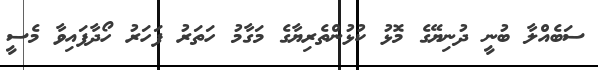
ސަބެއްލާ ބުނީ ދުނިޔޭގެ މޮޅު ކުޅުންތެރިޔާގެ މަގާމު ހަތަރު ފަހަރު ހޯދާފައިވާ މެސީ